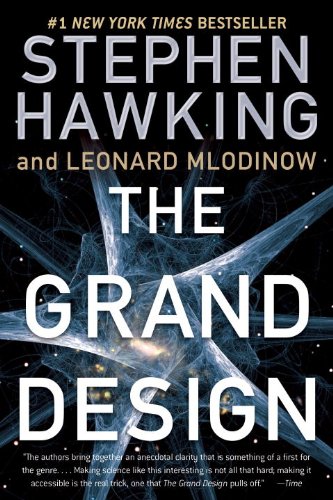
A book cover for The Grand Design; Stephen Hawking; Science & Math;